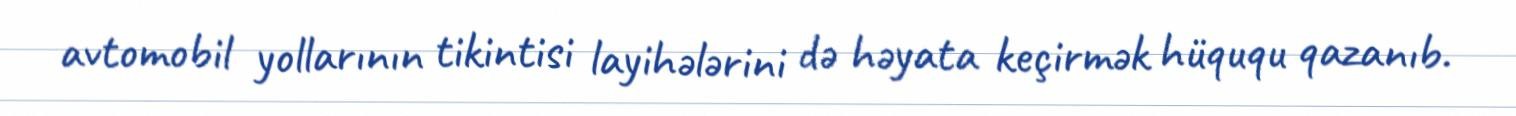
avtomobil yollarının tikintisi layihələrini də həyata keçirmək hüququ qazanıb.